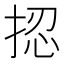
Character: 𢭝